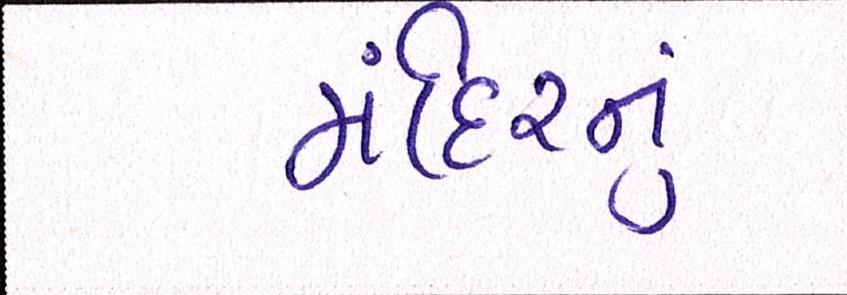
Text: મંદિરનું